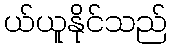
ယ်ယူနိုင်သည်